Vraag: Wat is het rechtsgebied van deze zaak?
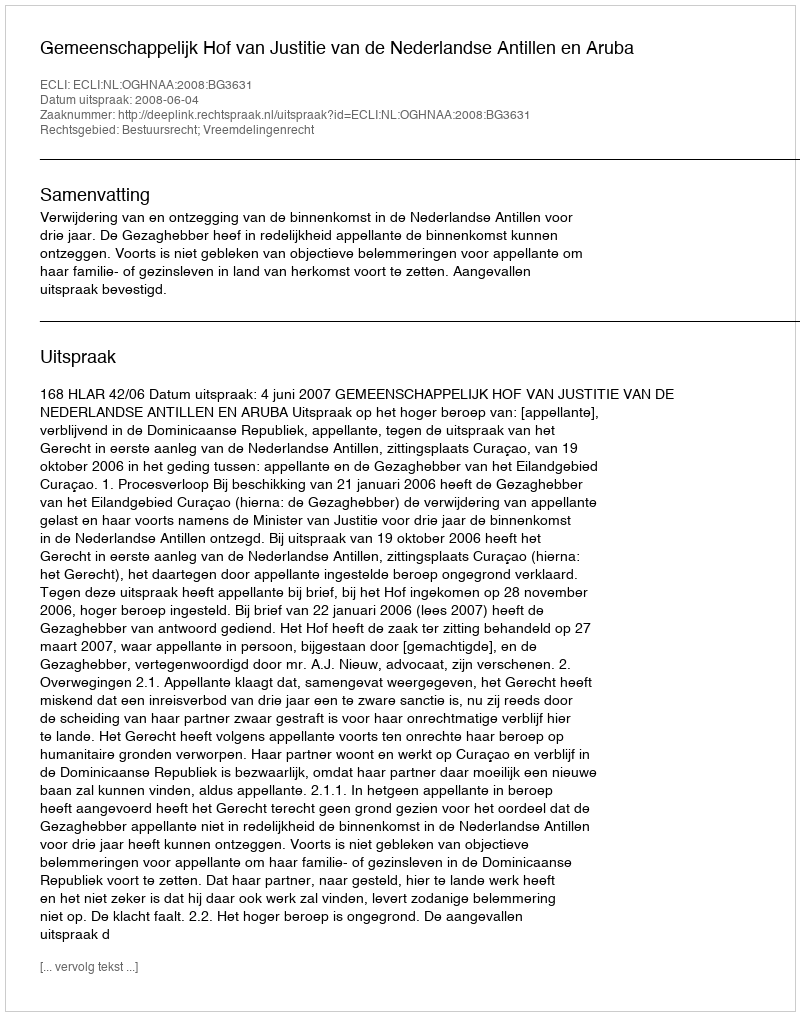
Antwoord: Bestuursrecht; Vreemdelingenrecht